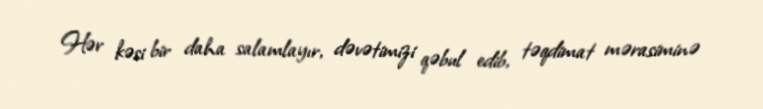
Hər kəsi bir daha salamlayır, dəvətimizi qəbul edib, təqdimat mərasiminə